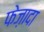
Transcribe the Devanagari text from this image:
फेज़ादा